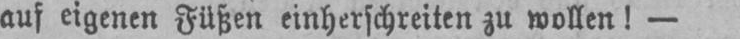
auf eigenen Füßen einherschreiten zu wollen! -